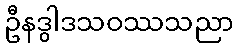
ဦနဒွါဒသဝဿသညာ